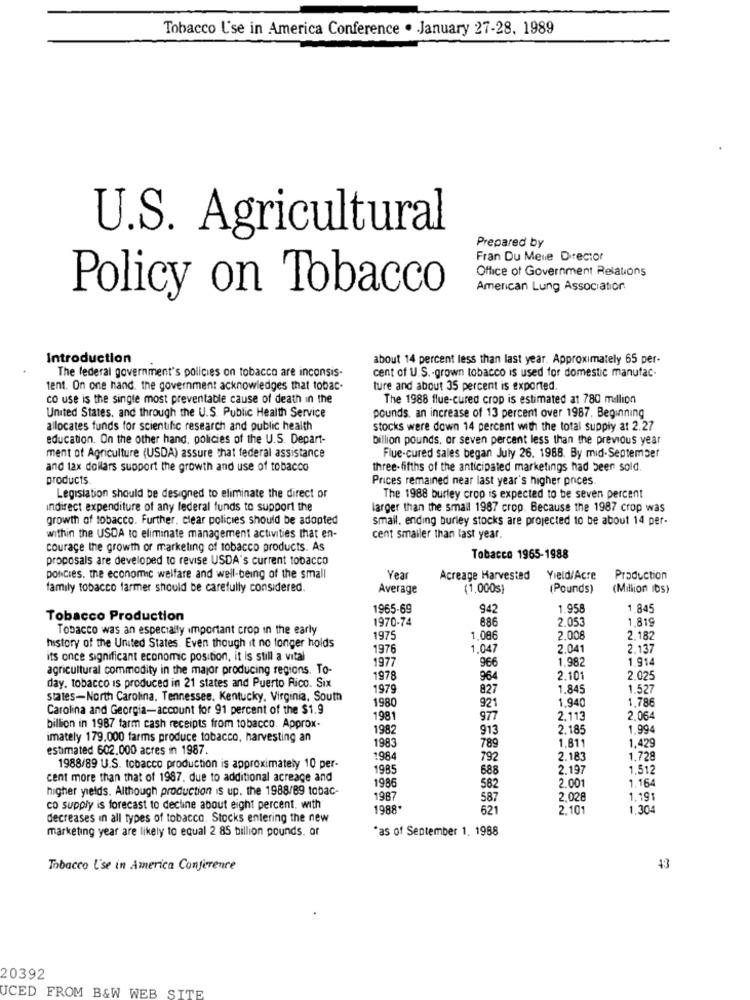
Tobacco Use in America Conference . January 27-28. 1989
U.S. Agricultural
Prepared by
Fran Du Mene Director
Office of Government Relations
American Lung Association
Policy on Tobacco
Introduction
about 14 percent less than last year. Approximately 65 per-
The federal government's policies on tobacco are inconsis.
cent of U.S .- grown tobacco is used for domestic manufac-
tent. On one hand. the government acknowledges that tobac-
ture and about 35 percent is exported.
co use is the single most preventable cause of death in the
The 1988 flue-cured crop is estimated at 780 million
United States, and through the U.S. Public Health Service
pounds. an increase of 13 percent over 1987. Beginning
allocates funds for scientific research and public health
stocks were down 14 percent with the total supply at 2.27
education. On the other hand, policies of the U.S. Depart-
billion pounds, or seven percent less than the previous year
ment of Agriculture (USDA) assure that federal assistance
Flue-cured sales began July 26. 1968. By mid-September
and tax dollars support the growth and use of tobacco
three-fifths of the anticipated marketings had been sold.
products
Prices remained near last year's higher prices.
Legislation should be designed to eliminate the direct or
The 1988 burley crop is expected to be seven percent
indirect expenditure of any federal funds to support the
larger than the small 1987 crop. Because the 1987 crop was
growth of tobacco. Further, clear policies should be adopted
smail. ending burley stocks are projected to be about 14 per-
within the USDA to eliminate management activities that en-
cent smaller than last year.
courage the growth or marketing of tobacco products. As
proposals are developed to revise USDA's current tobacco
Tobacco 1965-1988
poncies. the economic welfare and well-being of the small
Year
Acreage Harvested
Yield/Acre
Production
family tobacco farmer should be carefully considered.
Average
(1,000s)
(Pounds)
(Million ibs)
1965-69
942
1.958
1.845
Tobacco Production
1970-74
886
2.053
1.819
Tobacco was an especially important crop in the early
1975
1.086
2.008
2.182
history of the United States. Even though it no longer holds
1976
1.047
2.041
2.137
its once significant economic position, it is still a vital
1977
966
1.982
914
agricultural commodity in the major producing regions. To-
1978
964
2.101
2.025
day. tobacco is produced in 21 states and Puerto Rico. Six
1979
827
1.845
1.527
states-North Carolina, Tennessee, Kentucky, Virginia, South
1980
921
1,940
1.786
Carolina and Georgia-account for 91 percent of the $1.9
1981
977
2.113
2.064
billion in 1987 farm cash receipts from tobacco. Approx-
1982
913
2.185
1.994
imately 179,000 farms produce tobacco, harvesting an
1983
1.811
1,42
estimated 602.000 acres in 1987.
789
1984
792
2.183
1.728
1988/89 U.S. tobacco production is approximately 10 per-
1985
688
2.197
1.512
cent more than that of 1987. due to additional acreage and
1986
higher yields. Although production is up. the 1988/89 tobac-
582
2.001
1,164
1987
587
2.028
1.191
co supply is forecast to decline about eight percent. with
1988
621
2.101
1.304
decreases in all types of tobacco. Stocks entering the new
marketing year are likely to equal 2 85 billion pounds. or
as of September 1. 1988
Tobacco Use in America Conference
43
20392
UCED FROM B&W WEB SITE